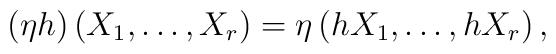
(\eta h)\left(X_{1},\dots,X_{r}\right) =      \eta\left(hX_{1},\dots,hX_{r}\right),